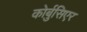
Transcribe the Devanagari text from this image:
कोर्बुसिएर